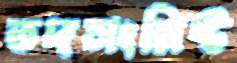
তদসংশ্লিষ্ট